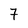
Character: 7